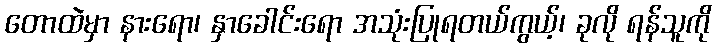
တောထဲမှာ နားရော၊ နှာခေါင်းရော အသုံးပြုရတယ်ကွယ့်၊ ခုလို ရန်သူကို